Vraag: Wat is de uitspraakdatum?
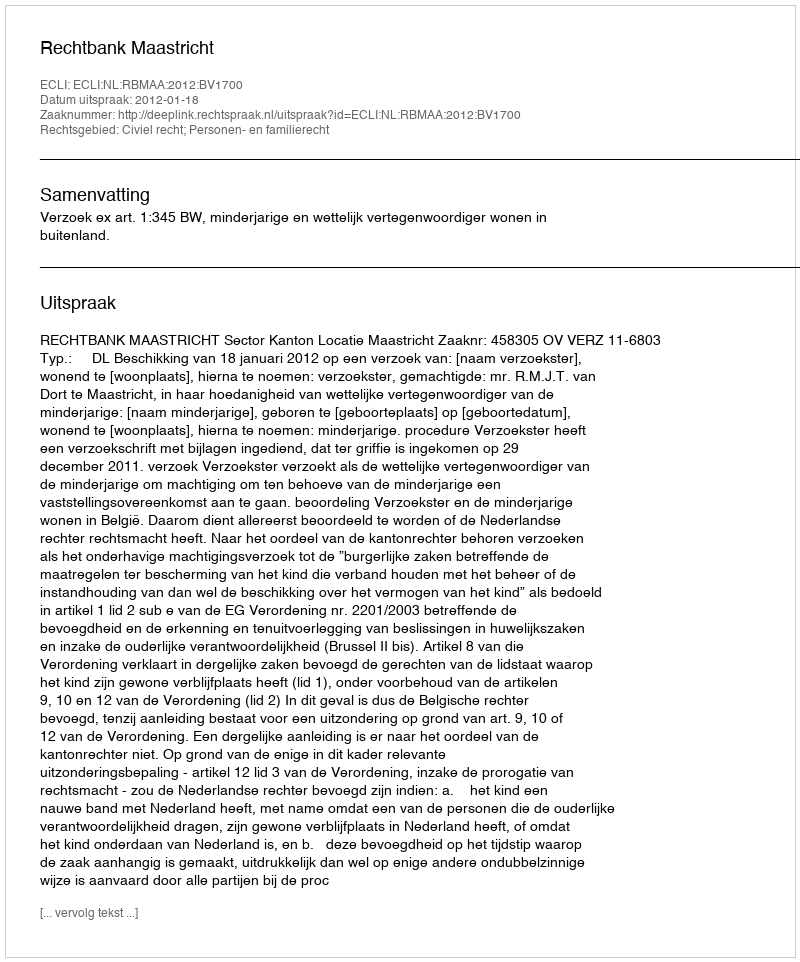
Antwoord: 2012-01-18